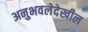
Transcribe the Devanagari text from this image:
अनुभवलेदेखील